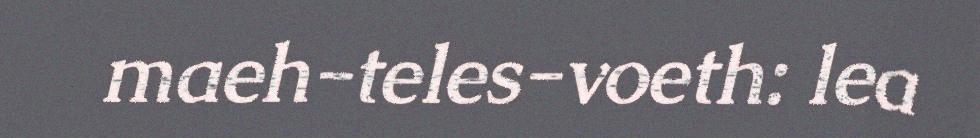
maeh-teles-voeth: lea